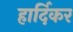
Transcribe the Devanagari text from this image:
हार्दिकर